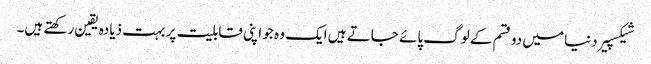
شیکسپیر دنیا میں دو قسم کے لوگ پائے جاتے ہیں ایک وہ جو اپنی قابلیت پر بہت ذیادہ یقین رکھتے ہیں۔